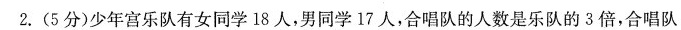
2.(5分)少年宫乐队有女同学18人，男同学17人，合唱队的人数是乐队的3倍，合唱队